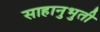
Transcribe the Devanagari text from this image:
साहानुभुती